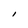
Character: I